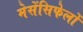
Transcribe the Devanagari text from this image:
मेसेंसिफेलों